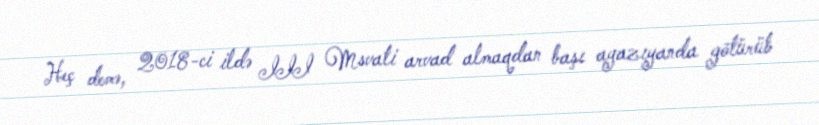
Heç demə, 2018-ci ildə III Msvati arvad almaqdan başı ayazıyanda götürüb